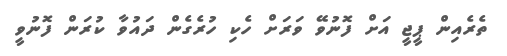
ތެރެއިން ޕީޖީ އަށް ފޮނުވޭ ވަރަށް ހެކި ހުރެގެން ދައުވާ ކުރަން ފޮނުވީ